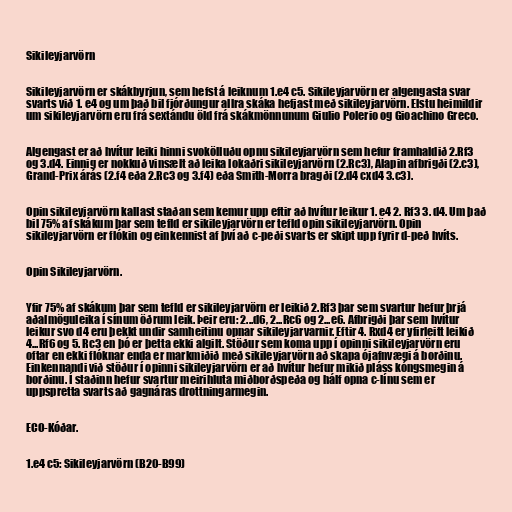
Sikileyjarvörn

Sikileyjarvörn er skákbyrjun, sem hefst á leiknum 1.e4 c5. Sikileyjarvörn er algengasta svar
svarts við 1. e4 og um það bil fjórðungur allra skáka hefjast með sikileyjarvörn. Elstu heimildir
um sikileyjarvörn eru frá sextándu öld frá skákmönnunum Giulio Polerio og Gioachino Greco.

Algengast er að hvítur leiki hinni svokölluðu opnu sikileyjarvörn sem hefur framhaldið 2.Rf3
og 3.d4. Einnig er nokkuð vinsælt að leika lokaðri sikileyjarvörn (2.Rc3), Alapin afbrigði (2.c3),
Grand-Prix árás (2.f4 eða 2.Rc3 og 3.f4) eða Smith-Morra bragði (2.d4 cxd4 3.c3).

Opin sikileyjarvörn kallast staðan sem kemur upp eftir að hvítur leikur 1. e4 2. Rf3 3. d4. Um það
bil 75% af skákum þar sem tefld er sikileyjarvörn er tefld opin sikileyjarvörn. Opin
sikileyjarvörn er flókin og einkennist af því að c-peði svarts er skipt upp fyrir d-peð hvíts.

Opin Sikileyjarvörn.

Yfir 75% af skákum þar sem tefld er sikileyjarvörn er leikið 2.Rf3 þar sem svartur hefur þrjá
aðalmöguleika í sínum öðrum leik. Þeir eru: 2...d6, 2...Rc6 og 2...e6. Afbrigði þar sem hvítur
leikur svo d4 eru þekkt undir samheitinu opnar sikileyjarvarnir. Eftir 4. Rxd4 er yfirleitt leikið
4...Rf6 og 5. Rc3 en þó er þetta ekki algilt. Stöður sem koma upp í opinni sikileyjarvörn eru
oftar en ekki flóknar enda er markmiðið með sikileyjarvörn að skapa ójafnvægi á borðinu.
Einkennandi við stöður í opinni sikileyjarvörn er að hvítur hefur mikið pláss kóngsmegin á
borðinu. Í staðinn hefur svartur meirihluta miðborðspeða og hálf opna c-línu sem er
uppspretta svarts að gagnáras drottningarmegin.

ECO-Kóðar.

1.e4 c5: Sikileyjarvörn (B20-B99)